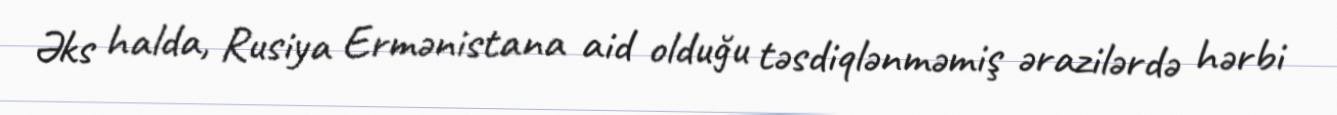
Əks halda, Rusiya Ermənistana aid olduğu təsdiqlənməmiş ərazilərdə hərbi